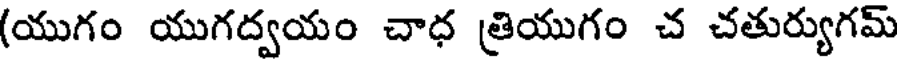
(యుగం యుగద్వయం చాధ త్రియుగం చ చతుర్యుగమ్